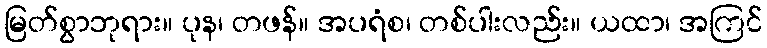
မြတ်စွာဘုရား။ ပုန၊ တဖန်။ အပရံစ၊ တစ်ပါးလည်း။ ယထာ၊ အကြင်